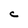
Character: C